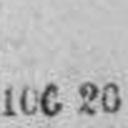
100 20